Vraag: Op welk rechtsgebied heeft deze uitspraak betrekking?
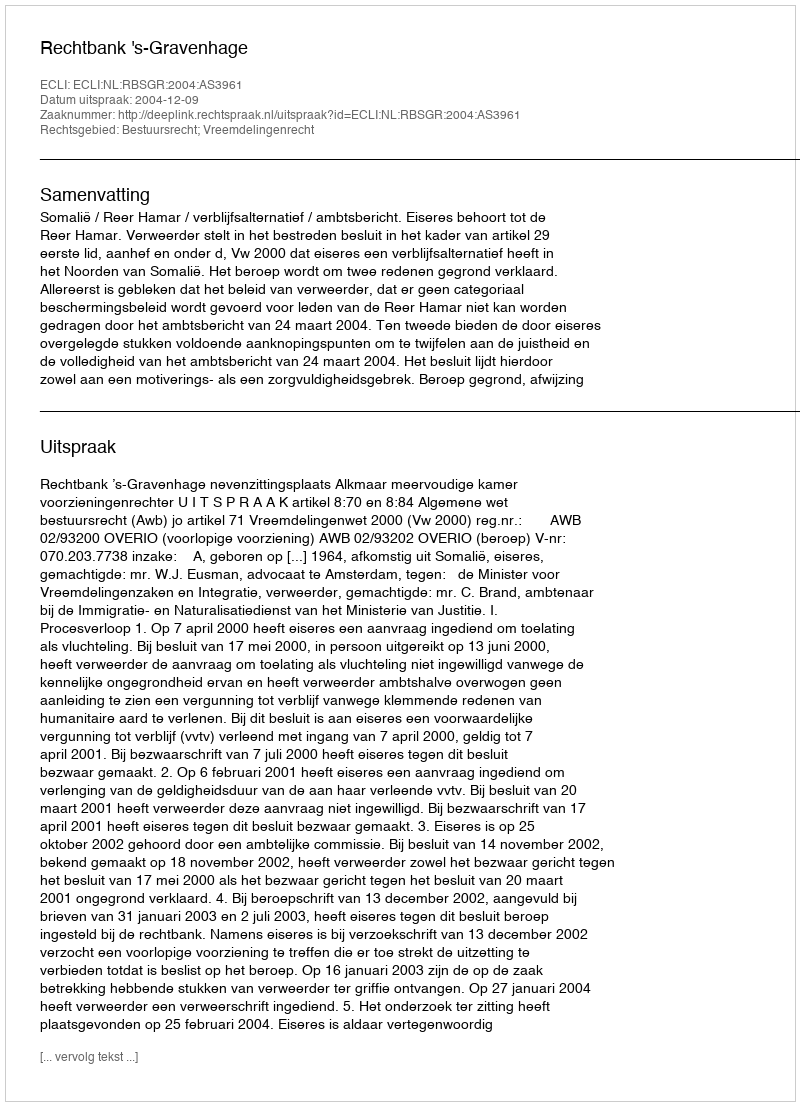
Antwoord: Bestuursrecht; Vreemdelingenrecht